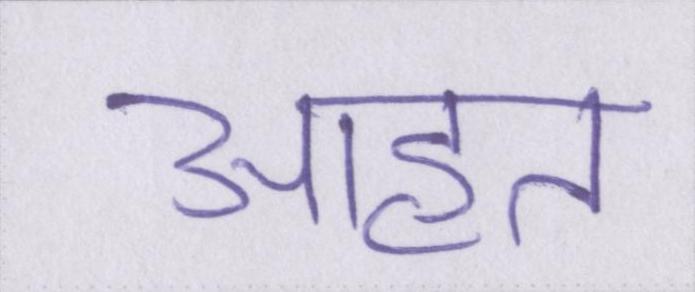
आहत